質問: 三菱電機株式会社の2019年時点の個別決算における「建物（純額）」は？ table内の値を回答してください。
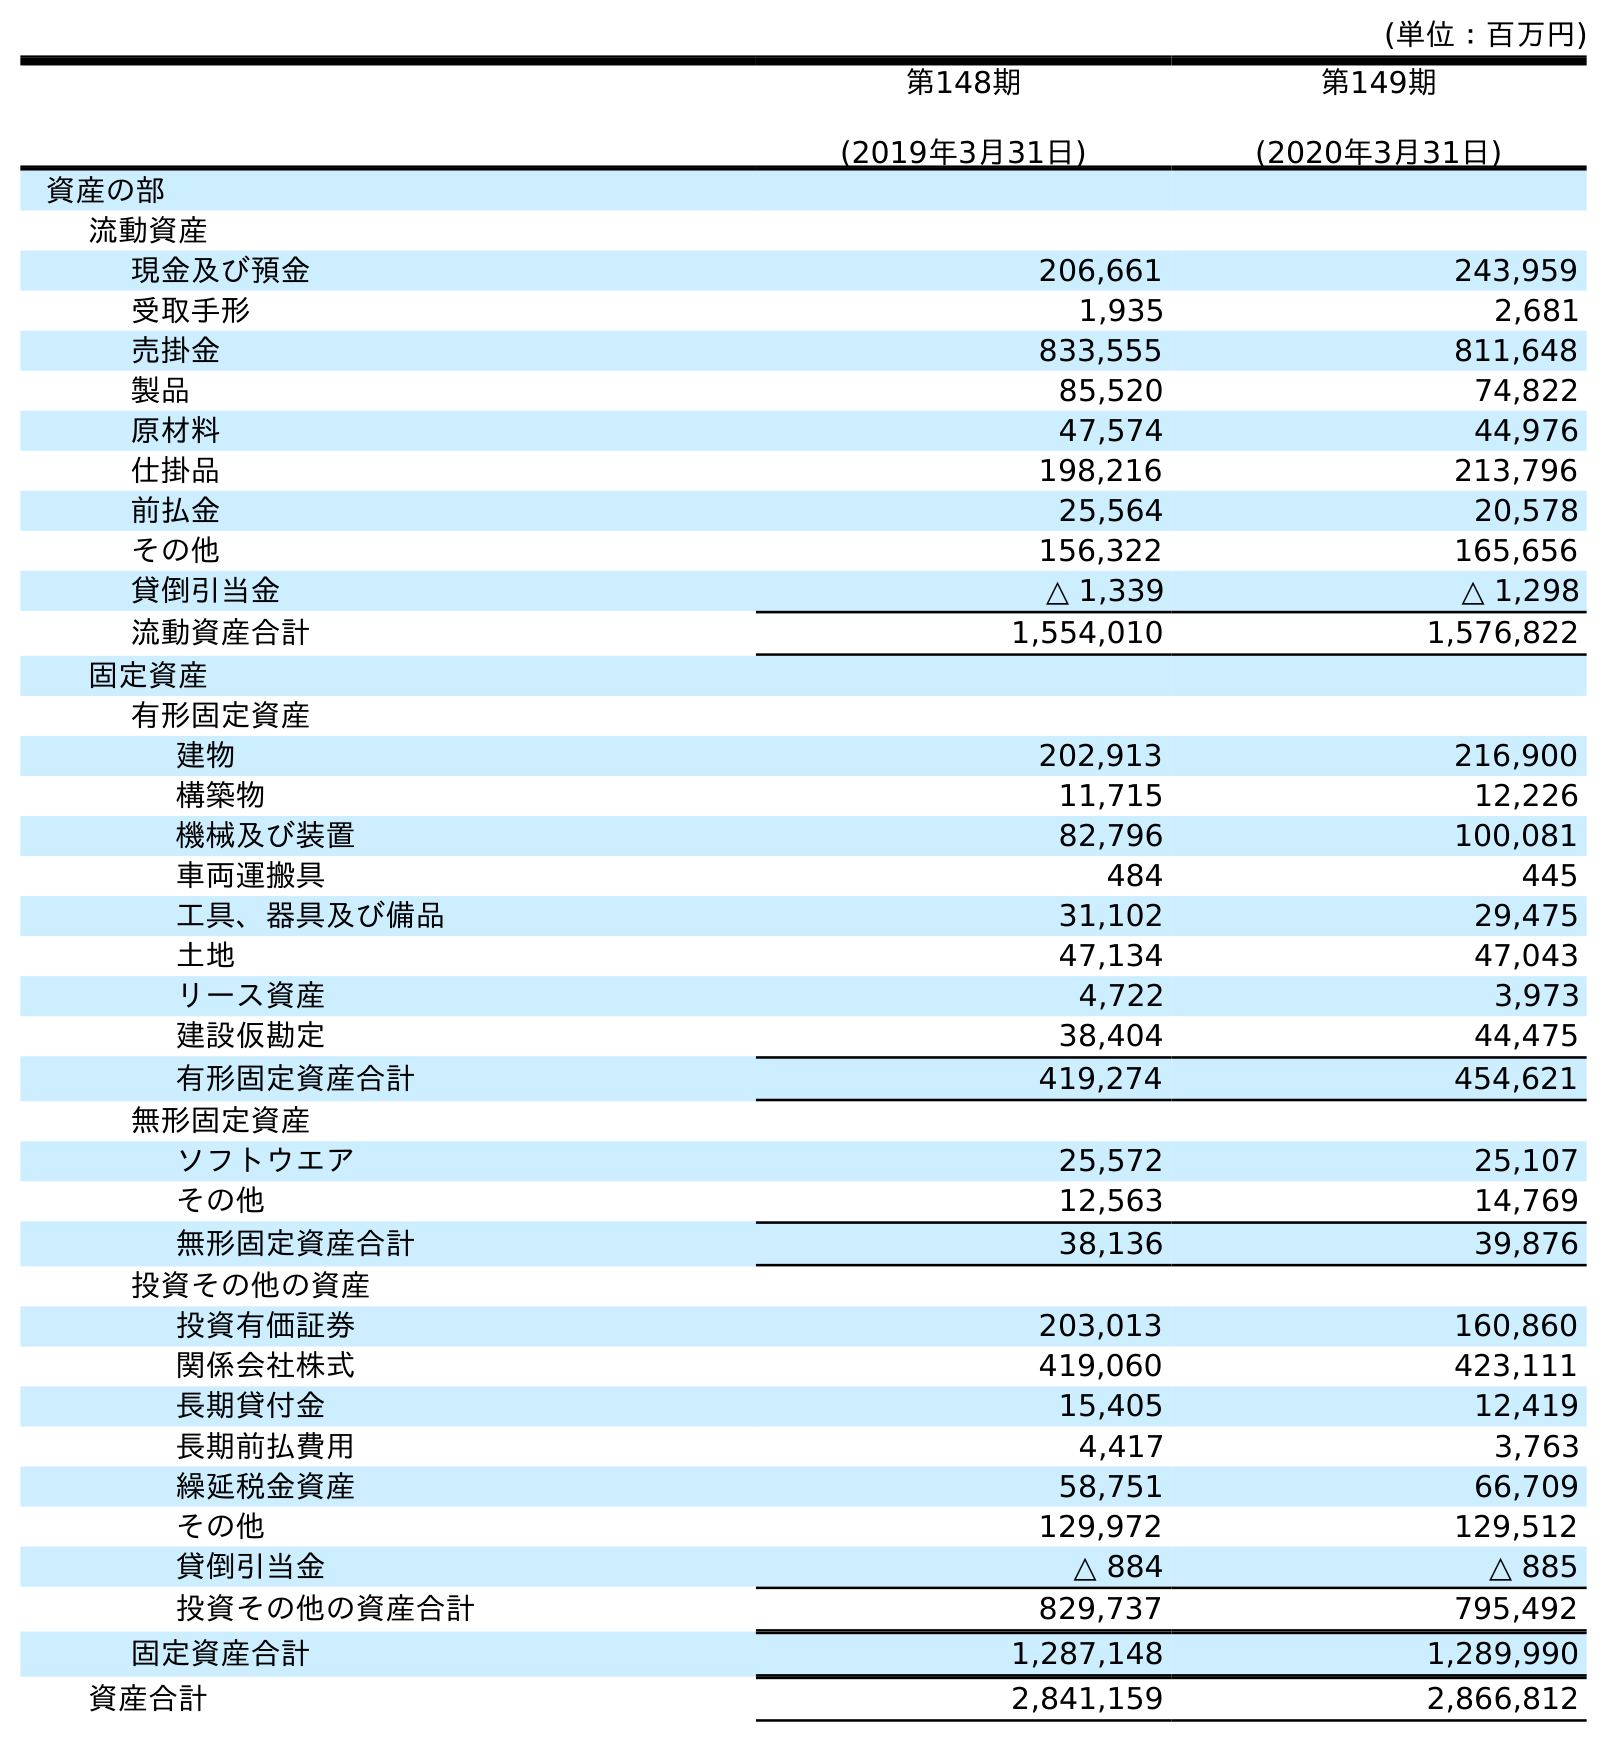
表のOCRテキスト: (単位：百万円) 第148期 (2019年3月31日) 第149期 (2020年3月31日) 資産の部 流動資産 現金及び預金 206,661 243,959 受取手形 1,935 2,681 売掛金 833,555 811,648 製品 85,520 74,822 原材料 47,574 44,976 仕掛品 198,216 213,796 前払金 25,564 20,578 その他 156,322 165,656 貸倒引当金 △ 1,339 △ 1,298 流動資産合計 1,554,010 1,576,822 固定資産 有形固定資産 建物 202,913 216,900 構築物 11,715 12,226 機械及び装置 82,796 100,081 車両運搬具 484 445 工具、器具及び備品 31,102 29,475 土地 47,134 47,043 リース資産 4,722 3,973 建設仮勘定 38,404 44,475 有形固定資産合計 419,274 454,621 無形固定資産 ソフトウエア 25,572 25,107 その他 12,563 14,769 無形固定資産合計 38,136 39,876 投資その他の資産 投資有価証券 203,013 160,860 関係会社株式 419,060 423,111 長期貸付金 15,405 12,419 長期前払費用 4,417 3,763 繰延税金資産 58,751 66,709 その他 129,972 129,512 貸倒引当金 △ 884 △ 885 投資その他の資産合計 829,737 795,492 固定資産合計 1,287,148 1,289,990 資産合計 2,841,159 2,866,812
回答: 202,913